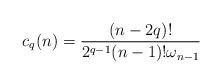
LaTeX: \begin{align*} c_q(n) = \frac{(n-2q)!}{2^{q-1}(n-1)!\omega_{n-1}}\end{align*}